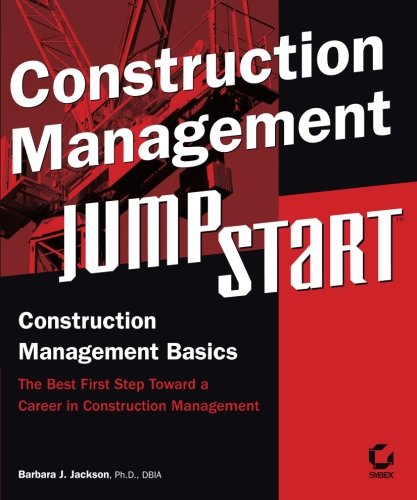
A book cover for Construction Management JumpStart; Barbara J. Jackson; Computers & Technology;